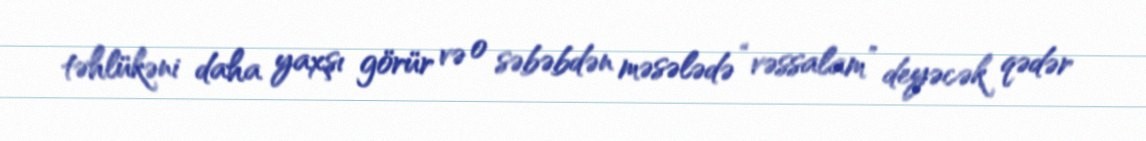
təhlükəni daha yaxşı görür və o səbəbdən məsələdə “vəssalam” deyəcək qədər